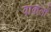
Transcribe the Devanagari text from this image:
वाकलॉ